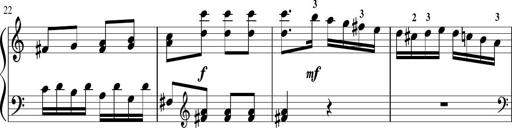
Title: Sonatina in G major
Composer: Friedrich Kuhlau
Key: G major